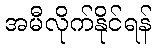
အမီလိုက်နိုင်ရန်